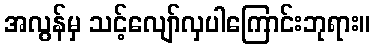
အလွန်မှ သင့်လျော်လှပါကြောင်းဘုရား။